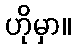
ဟိုမှာ။